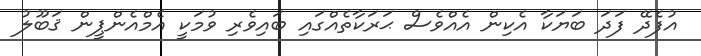
އުފެދޭ ފަދަ ބަޔަކާ އެކިން އެއްވެސް ޙަރަކާތެއްގައި ބައިވެރި ވުމަކީ އެމްއެންޕީން ޤަބޫލު